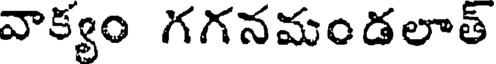
వాక్యం గగనమండలాత్